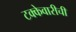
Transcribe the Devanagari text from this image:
टक्केवारीची